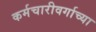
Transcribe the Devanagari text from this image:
कर्मचारीवर्गाच्या